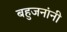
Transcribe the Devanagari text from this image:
बहुजनांनी